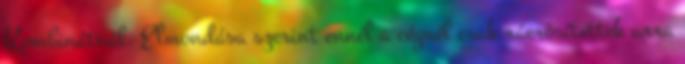
Kombinátnál. Elmondása szerint ennél a cégnél csak ráerôsítettek arra